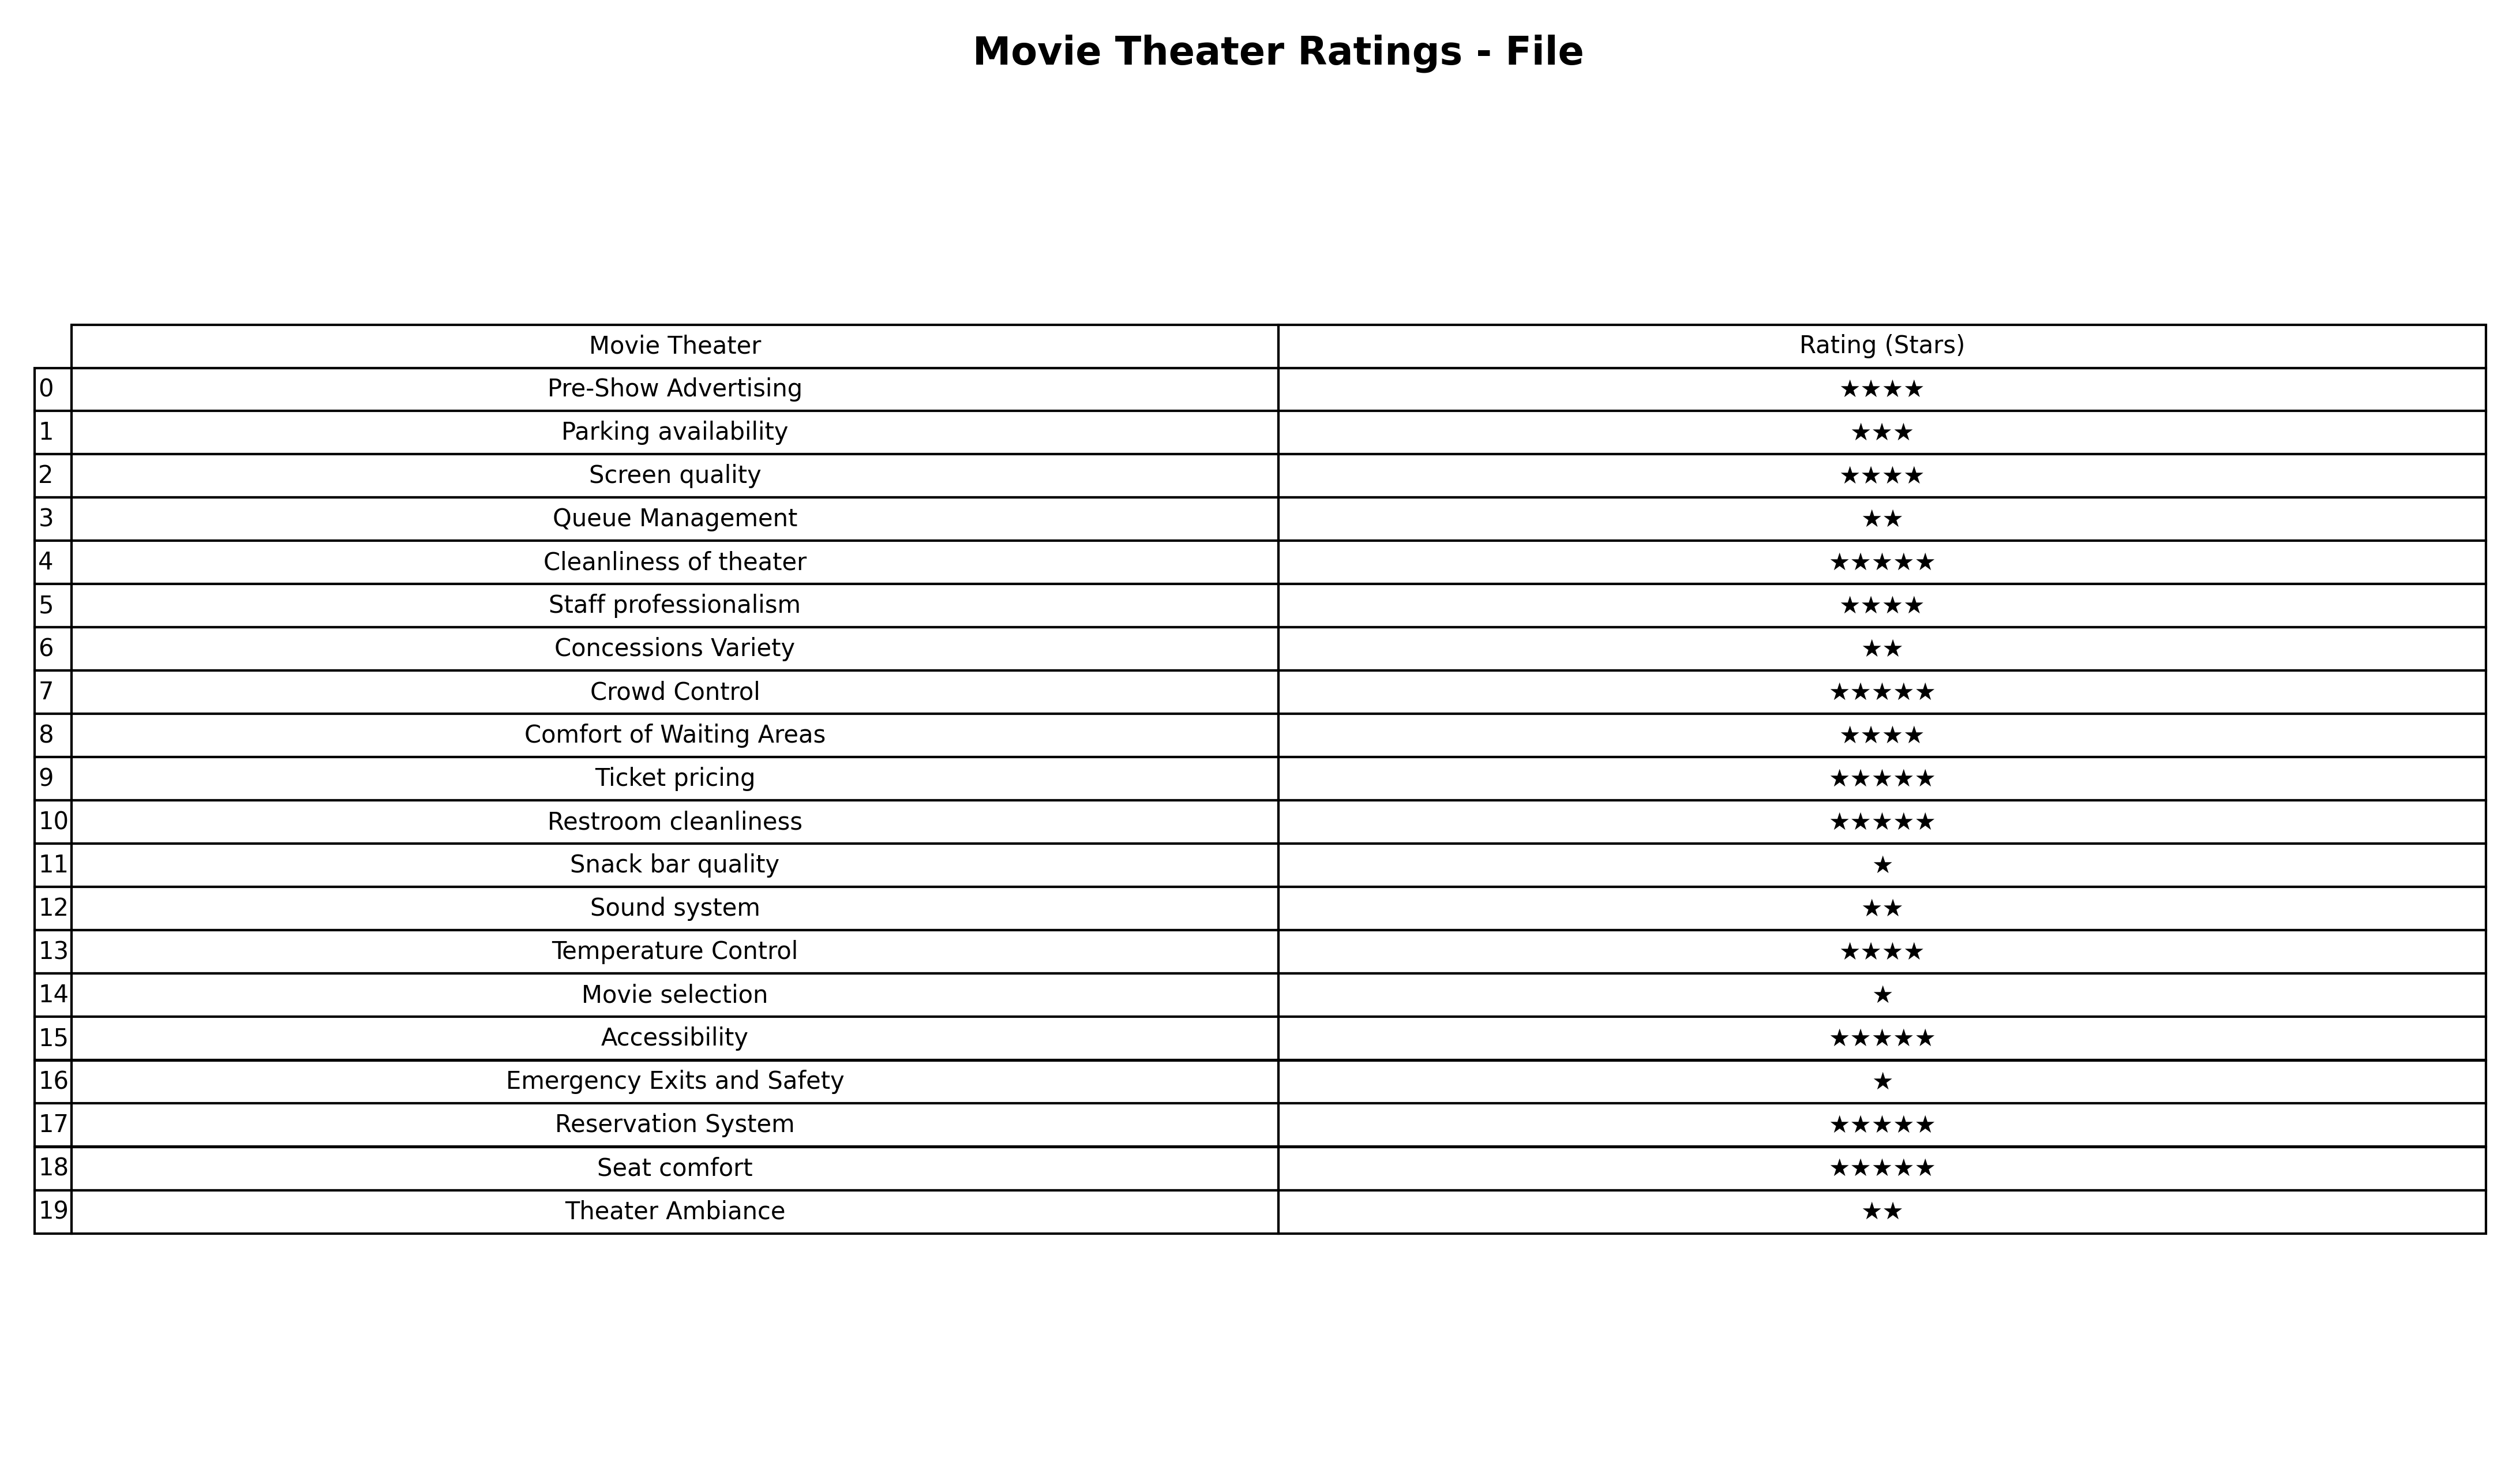
question: What are five star services?
answer: Cleanliness of theaterCrowd ControlTicket pricingRestroom cleanlinessAccessibilityReservation SystemSeat comfort